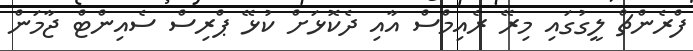
ފްރެންޗް ލީގުގައި މިރޭ ރެއިމްސް އާއި ދެކޮޅަށް ކުޅޭ ޕްރިސް ސެއިންޓް ޖާމަން